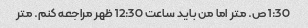
1:30 ص. متر اما من باید ساعت 12:30 ظهر مراجعه کنم. متر